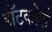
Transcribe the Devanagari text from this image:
हॉटकोर्स